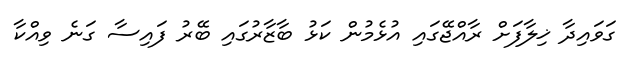
ގަވައިދާ ޚިލާފަށް ރާއްޖޭގައި އުޅެމުން ކަޅު ބާޒާރުގައި ބޭރު ފައިސާ ގަނެ ވިއްކާ